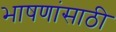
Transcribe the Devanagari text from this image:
भाषणांसाठी